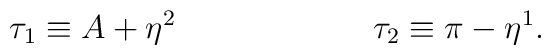
\tau_1 \equiv A+\eta^2 \hspace{2.5cm} \tau_2 \equiv \pi - \eta^1.